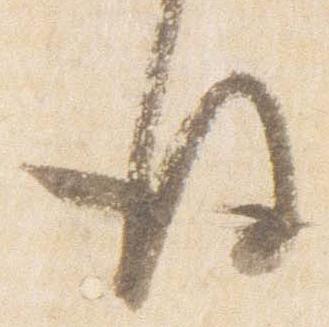
後